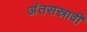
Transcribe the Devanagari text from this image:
अंतसस्रावी